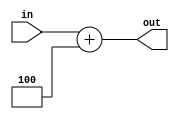
module adder(in,out);
input [31:0]in;
output [31:0]out;

//wire [31:0]carry;
wire carry;

//adder1bit b1 [31:0] (out, carry, in, 32'd4, {carry[30:0],1'b0});
assign {carry, out} = in + 4;

endmodule